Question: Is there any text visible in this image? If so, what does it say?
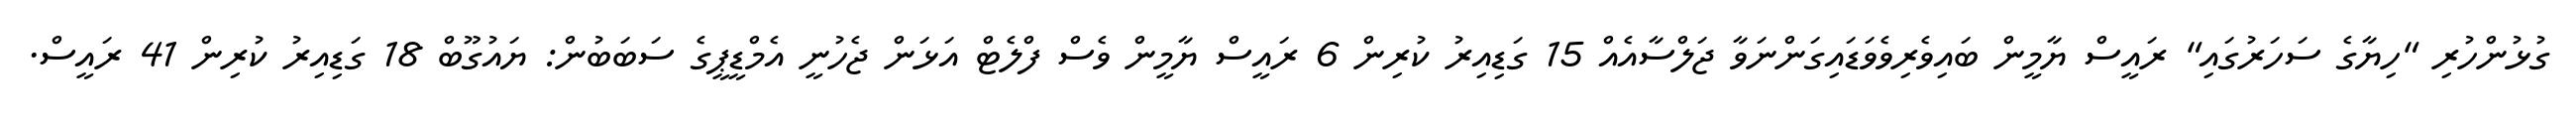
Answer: ގުޅުންހުރި "ހިޔާގެ ސަހަރުގައި" ރައީސް ޔާމީން ބައިވެރިވެވަޑައިގަންނަވާ ޖަލްސާއެއް 15 ގަޑިއިރު ކުރިން 6 ރައީސް ޔާމީން ވެސް ފްލެޓް އަޅަން ޖެހުނީ އެމްޑީޕީގެ ސަބަބުން: ޔައުގޫބް 18 ގަޑިއިރު ކުރިން 41 ރައީސް.